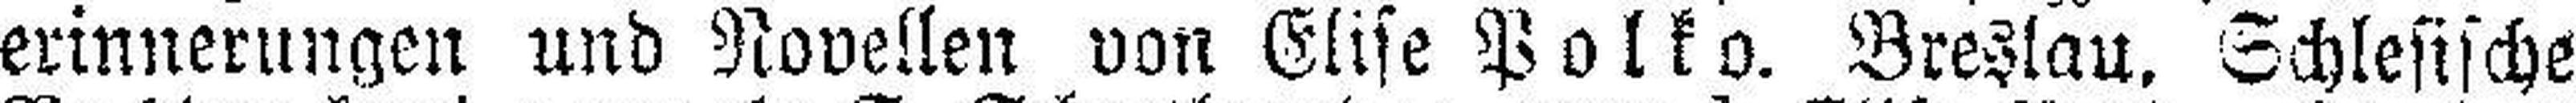
erinnerungen und Novellen von Elise Polko. Breslau. Schlesische